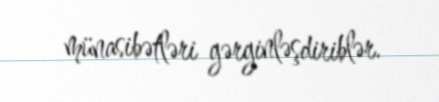
münasibətləri gərginləşdiriblər.